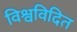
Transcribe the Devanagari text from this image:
विश्वविदित